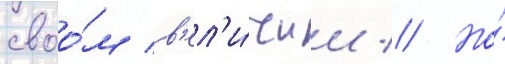
своо́м в'ел'и́чии // Но́